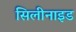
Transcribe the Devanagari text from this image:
सिलीनाइड